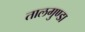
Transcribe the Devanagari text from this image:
तालगुण्डा